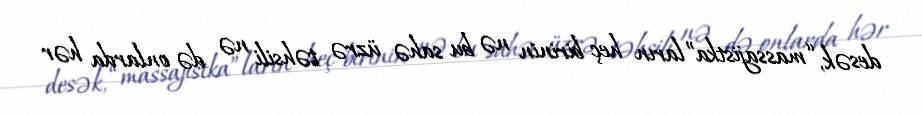
desək, “massajistka”ların heç birinin nə bu sahə üzrə təhsili nə də onlarda hər